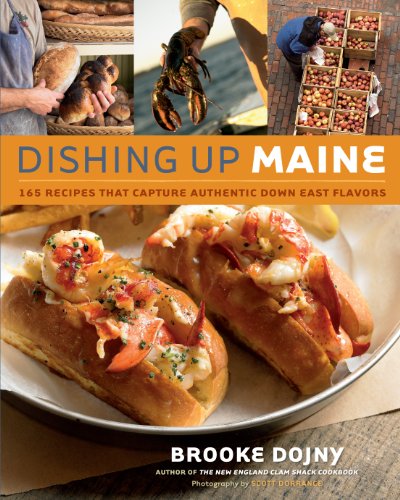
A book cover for Dishing Up Maine: 165 Recipes That Capture Authentic Down East Flavors; Brooke Dojny; Cookbooks, Food & Wine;